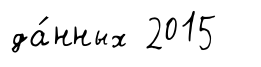
да́нных 2015